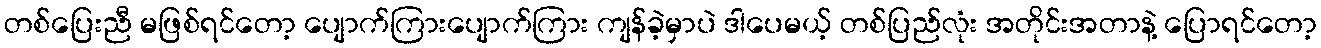
တစ်ပြေးညီ မဖြစ်ရင်တော့ ပျောက်ကြားပျောက်ကြား ကျန်ခဲ့မှာပဲ ဒါပေမယ့် တစ်ပြည်လုံး အတိုင်းအတာနဲ့ ပြောရင်တော့